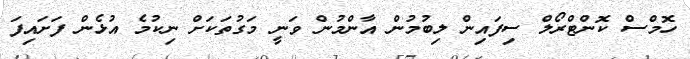
ހޮމްސް ކޮންޓްރޯލް ސިފައިން ލިބުމުން އާންމުން ވަނީ މަގުތަކަށް ނިކުމެ އުޅެން ފަށައިފަ